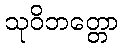
သုဝိဘတ္တော